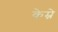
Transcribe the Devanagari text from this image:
केम्ने